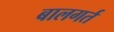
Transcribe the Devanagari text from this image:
बालगर्त